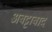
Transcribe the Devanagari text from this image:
अबट्टाबाद